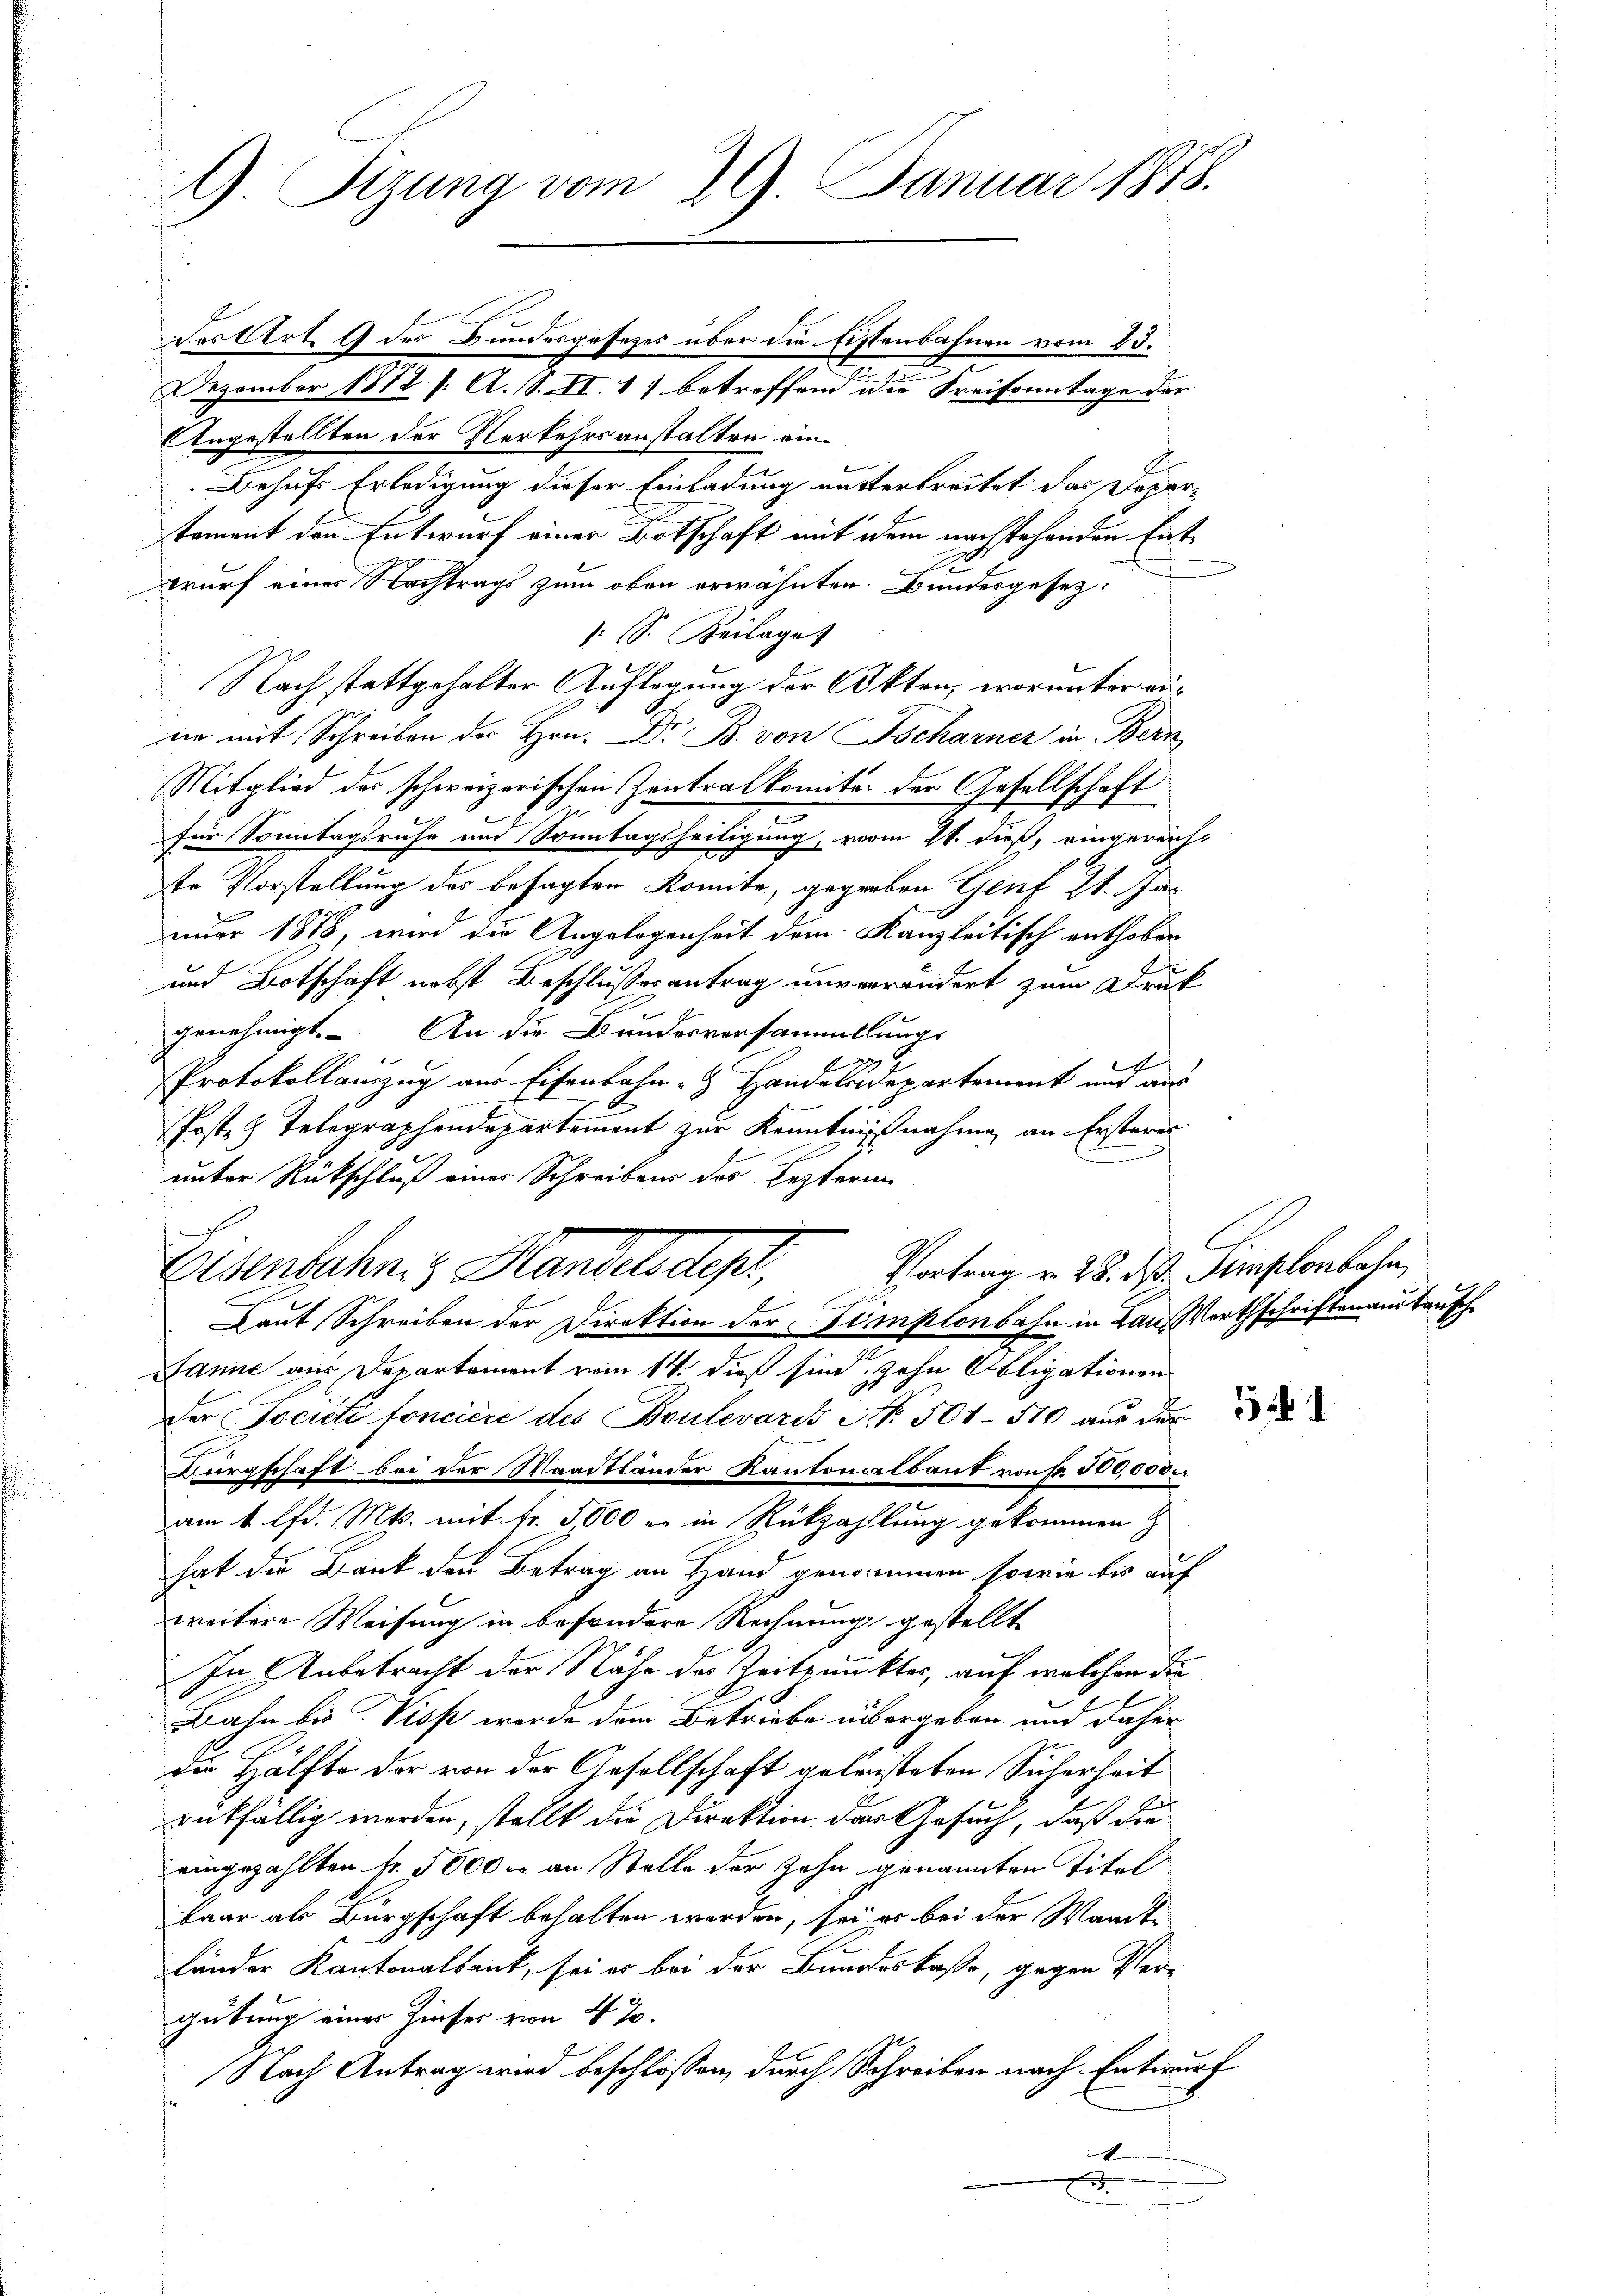
G. Sitzung vom 29. Januar 1858.

des Art. 9 des Bundesgesetzes über die Fistenbahnen vom 23.
s
Dezember 1872 /: A. S. II. 1) betreffend die Kreisonntage der
Angestellten der Verkehrsanstalten ein¬
Behufs Erledigung dieser Einladung austerbreitet das Departament den Entwurf einer Botschaft mit dem nachstehenden Entwurf einer Nachtrags zum oben erwähnten Bundesgesez¬
: (S. Beilage
Nach stattgehabter Auflegung der Akten, worunter eiden mit Schreiben der Hrn. Dr. B. von Tscharner in Bern
Mitglied der schweizerischen Zentralkomite der Gesellschaft
2
für Sonntagsruhe und Sonntagsheitigung, vom 21. dieß, eingereicht
der Vorstellung des besagten Komite, gegeben Genf 21. Januar 1878, wird die Angelegenheit dem Kanzleitisch enthoben
und Botschaft nebst Beschlußesantrag unverändert zum Druck
genehmigt. An die Bandesversammlungs
2
Protokollauszug aus Eisenbahn- & Handelndepartement und aus
Posten Telegraphendepartement zur Kenntnißnahme an Ersteres
.
unter Rückschluß einer Schreibens des Lezteren
C
Eisenbahn z. Handelsdest, Vertrag v. 28. ds. Mehlenbahn,
E
Laut Schreiben der Direktion der Stemplonbahn in Lau, Werthschriften aus tausch
Janić aus Departement vom 14. dieß sind zehn Obligationen
der Socité foncière des Boulevaris No. 504 - 510 aus der
a
Bürgschaft bei der Waadtländer Kantonalbaut von Fr. 500,000.
am 1 lfd. Mts. mit Fr. 5000 er in Rückzahllung gekommen z
hat die Bank den Betrag an Hand genommen sowie bis auf
weitere Weisung in besondere Rechnung gestellt
In Anbetracht der Nähe der Zeitpunktes, auf welchen die
Bahn bis Visp wurde dem Betriebe übergeben und daher
die Hälfte der von der Gesellschaft geleisteten Sicherheit
rückfällig werden, stellt die Direktion der Gesuch, daß die
eingezahlten fr. 5000 an Stelle der Zahn genannten Titel
baar als Bürgschaft behalten werden, sei es bei der Wandte
Länder Kantonalbank, sei es bei der Bundeskasse, gegen Ver-
gütung einer Zinser von 4 %
Nach Antrag wird beschlossen, durch Schreiben nach Entwurf
1
.